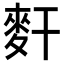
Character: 𪌃